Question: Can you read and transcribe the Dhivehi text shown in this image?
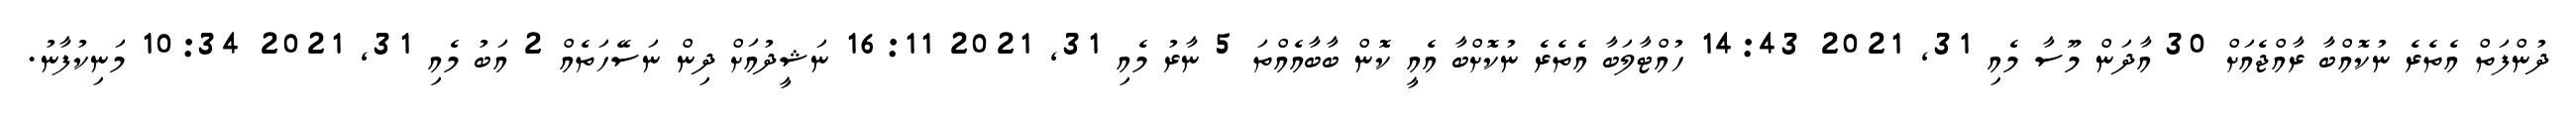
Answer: ދުންފަތް އެތެރެ ނުކޮއްބާ ރާއްޖެއަށް 30 އާދަން މޫސާ މެއި 31, 2021 14:43 ހުއްޓާލަބާ އެތެރެ ނުކޮށްބާ އެއީ ކޮން ބާބާއެއްތަ 5 ނާރު މެއި 31, 2021 16:11 ނަޝީދުއަށް ދިން ނަސޭހަތެއް 2 އަބު މެއި 31, 2021 10:34 މަނިކުފާނު.